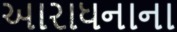
આરાધનાના